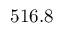
5 1 6 . 8